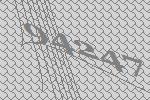
94247